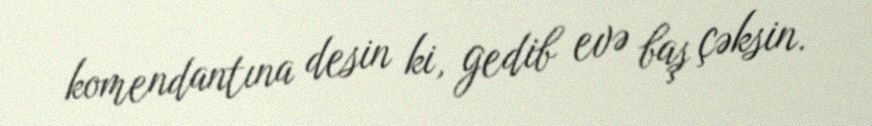
komendantına desin ki, gedib evə baş çəksin.